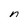
Character: n